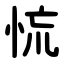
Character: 㤺